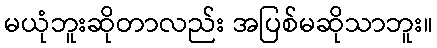
မယုံဘူးဆိုတာလည်း အပြစ်မဆိုသာဘူး။